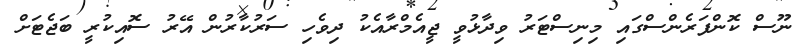
ނޫސް ކޮންފަރެންސްގައި މިނިސްޓަރު ވިދާޅުވީ ޖީއެމްރާއެކު ދިވެހި ސަރުކާރުން އޭރު ސޮއިކުރީ ބަޖެޓަށް